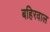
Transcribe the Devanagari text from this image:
बहिरवाल